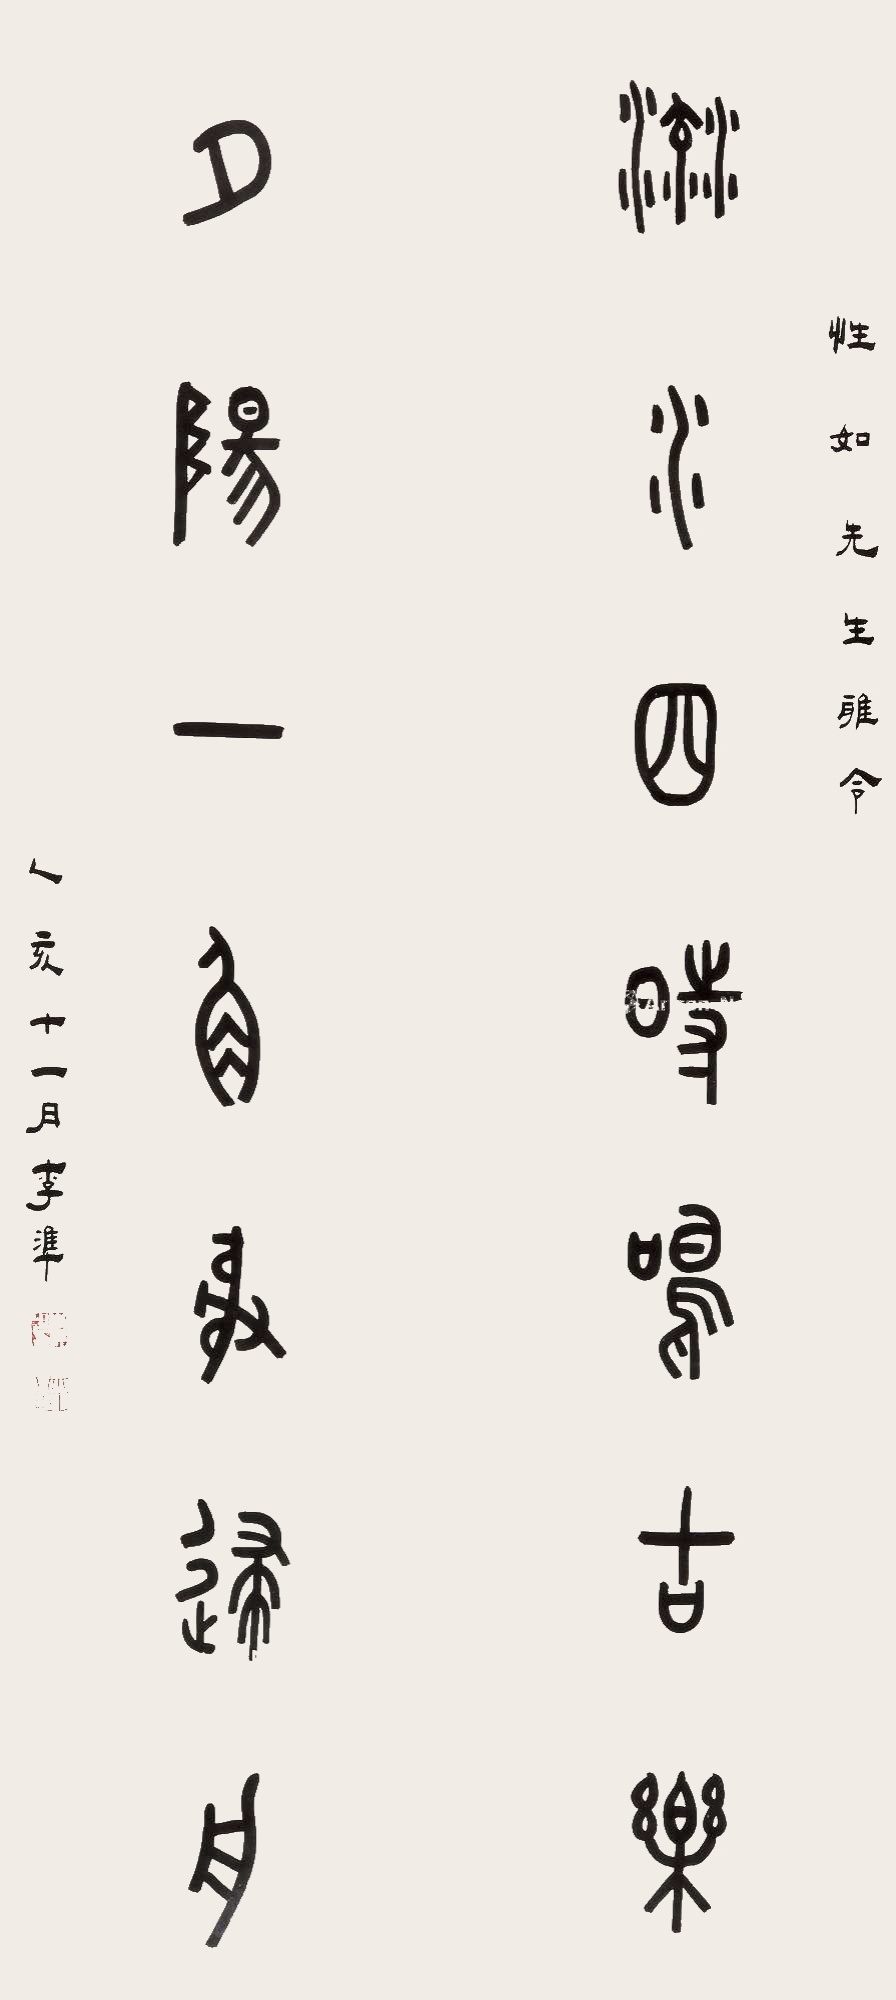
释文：流水四时鸣古乐，夕阳一角射归舟。性如先生雅令，乙亥十一月，李准。